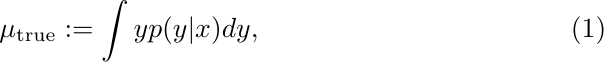
\begin{equation}
    \begin{aligned}
    \mu_\text{true} := \int yp(y|x) dy
    ,
    \end{aligned}
\end{equation}